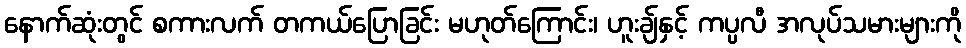
နောက်ဆုံးတွင် စကားလက် တကယ်ပြောခြင်း မဟုတ်ကြောင်း၊ ဟူးချ်နှင့် ကပ္ပလီ အလုပ်သမားများကို